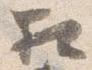
相